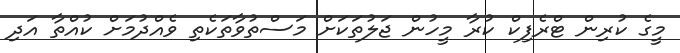
މީގެ ކުރިން ޓްރެފިކް ކުރާ މީހުން ޖަލުތަކަށް މަސްތުވާތަކެތި ވެއްދުމަށް ކުއްތާ އަދި